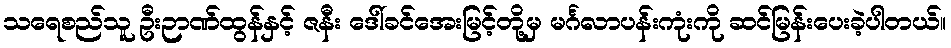
သရေစည်သူ ဦးဉာဏ်ထွန်နှင့် ဇနီး ဒေါ်ခင်အေးမြင့်တို့မှ မင်္ဂလာပန်းကုံးကို ဆင်မြန်းပေးခဲ့ပါတယ်။